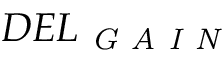
D E L _ { \textit { G A I N } }